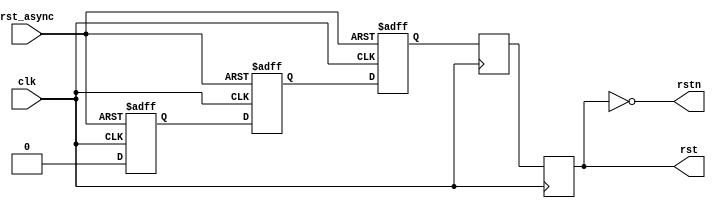
// This program was cloned from: https://github.com/Nitcloud/Digital-IDE
// License: GNU General Public License v3.0

// ***************************************************************************
// ***************************************************************************
// Copyright 2014 - 2017 (c) Analog Devices, Inc. All rights reserved.
//
// In this HDL repository, there are many different and unique modules, consisting
// of various HDL (Verilog or VHDL) components. The individual modules are
// developed independently, and may be accompanied by separate and unique license
// terms.
//
// The user should read each of these license terms, and understand the
// freedoms and responsibilities that he or she has by using this source/core.
//
// This core is distributed in the hope that it will be useful, but WITHOUT ANY
// WARRANTY; without even the implied warranty of MERCHANTABILITY or FITNESS FOR
// A PARTICULAR PURPOSE.
//
// Redistribution and use of source or resulting binaries, with or without modification
// of this file, are permitted under one of the following two license terms:
//
//   1. The GNU General Public License version 2 as published by the
//      Free Software Foundation, which can be found in the top level directory
//      of this repository (LICENSE_GPL2), and also online at:
//      <https://www.gnu.org/licenses/old-licenses/gpl-2.0.html>
//
// OR
//
//   2. An ADI specific BSD license, which can be found in the top level directory
//      of this repository (LICENSE_ADIBSD), and also on-line at:
//      https://github.com/analogdevicesinc/hdl/blob/master/LICENSE_ADIBSD
//      This will allow to generate bit files and not release the source code,
//      as long as it attaches to an ADI device.
//
// ***************************************************************************
// ***************************************************************************

`timescale 1ns/100ps

module ad_rst (

  // clock reset

  input                   rst_async,
  input                   clk,
  output                  rstn,
  output  reg             rst);

  // internal registers
  reg             rst_async_d1 = 1'd1;
  reg             rst_async_d2 = 1'd1;
  reg             rst_sync = 1'd1;
  reg             rst_sync_d = 1'd1;

  // simple reset synchronizer
  always @(posedge clk or posedge rst_async) begin
    if (rst_async) begin
      rst_async_d1 <= 1'b1;
      rst_async_d2 <= 1'b1;
      rst_sync <= 1'b1;
    end else begin
      rst_async_d1 <= 1'b0;
      rst_async_d2 <= rst_async_d1;
      rst_sync <= rst_async_d2;
    end
  end

  // two-stage synchronizer to prevent metastability on the falling edge
  always @(posedge clk) begin
    rst_sync_d <= rst_sync;
    rst <= rst_sync_d;
  end

  assign rstn = ~rst;

endmodule

// ***************************************************************************
// ***************************************************************************